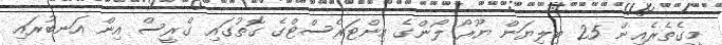
މީގެތެރެއިން 25 ބިލިޔަން ޔޫރޯ ލޯންގެ އިންޓަރެސްޓްގެ ގޮތުގައި ގްރީސް އިން އަނބުރައި